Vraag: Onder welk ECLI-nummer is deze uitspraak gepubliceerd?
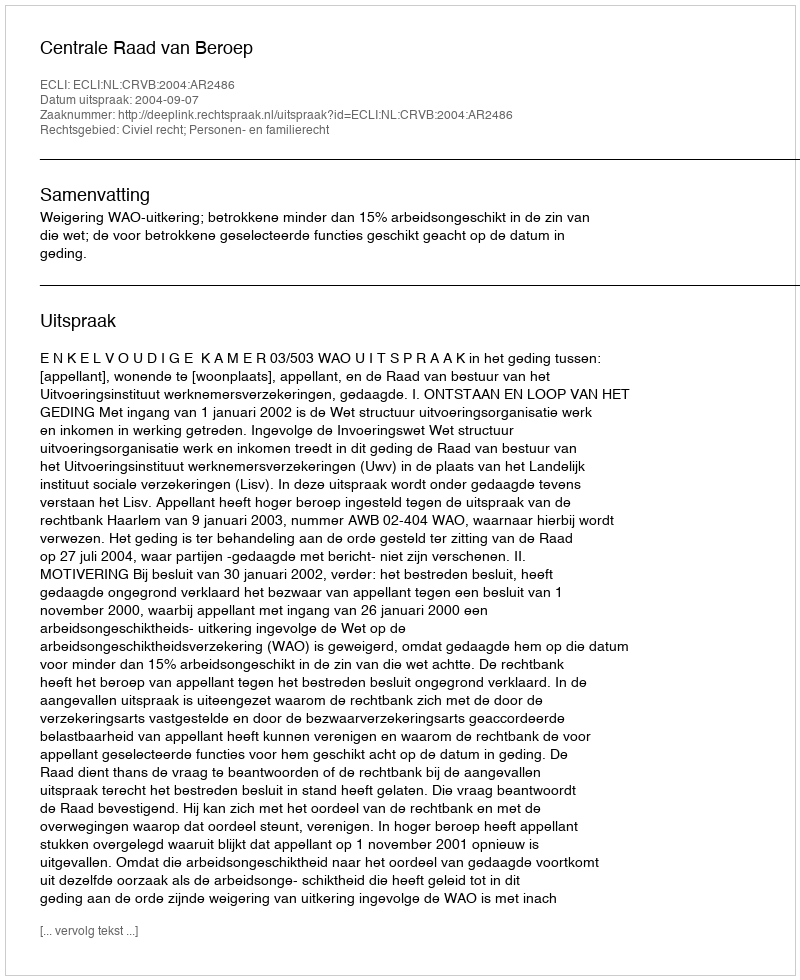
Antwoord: ECLI:NL:CRVB:2004:AR2486